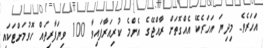
އަހަރެވެ. މިދިޔަ އަހަރެކޭ އެއްގޮތަށް ރާއްޖޭގެ އެންމެ ކުރިއަރާފައިވާ 100 ވިޔަފާރިތައް ހޮވުމަށްޓަކައި